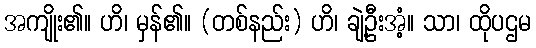
အကျိုး၏။ ဟိ၊ မှန်၏။ (တစ်နည်း) ဟိ၊ ချဲ့ဦးအံ့။ သာ၊ ထိုပဌမ